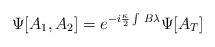
LaTeX: \begin{align*}\Psi[A_1,A_2]=e^{-i\frac{\kappa}{2}\int\, B\lambda} \Psi[A_T]\end{align*}